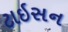
ટાઇસન